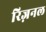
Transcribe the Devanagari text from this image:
रिज़नल